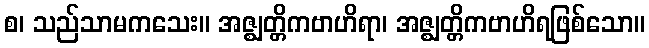
စ၊ သည်သာမကသေး။ အဇ္ဈတ္တိကဗာဟိရာ၊ အဇ္ဈတ္တိကဗာဟိရဖြစ်သော။